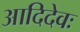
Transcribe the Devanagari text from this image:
आदिदेवः